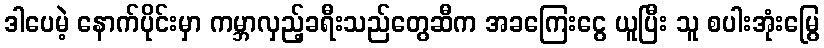
ဒါပေမဲ့ နောက်ပိုင်းမှာ ကမ္ဘာလှည့်ခရီးသည်တွေဆီက အခကြေးငွေ ယူပြီး သူ စပါးအုံးမြွေ